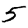
Digit: 5